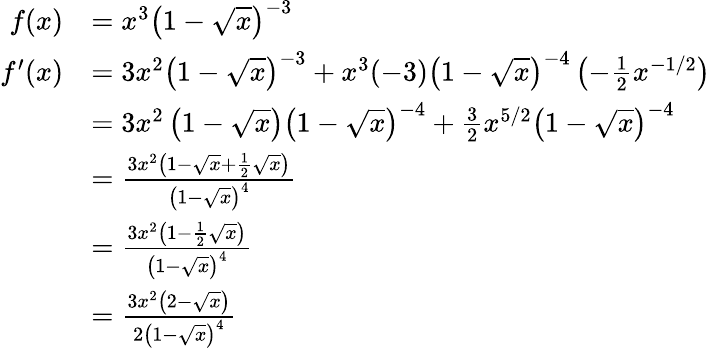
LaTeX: \begin{array}{rl}{f(x)}&{=x^{3}\left(1-\sqrt{x}\right)^{-3}}\\ {f^{\prime}(x)}&{=3x^{2}\left(1-\sqrt{x}\right)^{-3}+x^{3}(-3)\left(1-\sqrt{x}\right)^{-4}\left(-\frac{1}{2}x^{-1/2}\right)}\\ &{=3x^{2}\left(1-\sqrt{x}\right)\left(1-\sqrt{x}\right)^{-4}+\frac{3}{2}x^{5/2}\left(1-\sqrt{x}\right)^{-4}}\\ &{=\frac{3x^{2}\left(1-\sqrt{x}+\frac{1}{2}\sqrt{x}\right)}{\left(1-\sqrt{x}\right)^{4}}}\\ &{=\frac{3x^{2}\left(1-\frac{1}{2}\sqrt{x}\right)}{\left(1-\sqrt{x}\right)^{4}}}\\ &{=\frac{3x^{2}\left(2-\sqrt{x}\right)}{2\left(1-\sqrt{x}\right)^{4}}}\end{array}